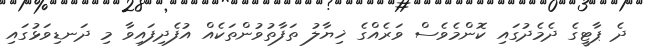
ދެ ޕާޓީގެ ދެމެދުގައި ކޮންމެވެސް ވަރެއްގެ ޚިޔާލު ތަފާތުވުންތަކެއް އުފެދިފައިވާ މި ދަނޑިވަޅުގައި